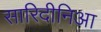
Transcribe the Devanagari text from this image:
सारिदीनिआ